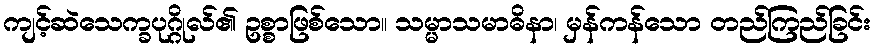
ကျင့်ဆဲသေက္ခပုဂ္ဂိုလ်၏ ဥစ္စာဖြစ်သော။ သမ္မာသမာဓိနာ၊ မှန်ကန်သော တည်ကြည်ခြင်း